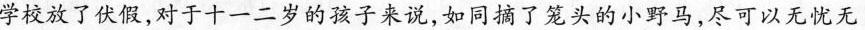
学校放了伏假，对于十一二岁的孩子来说，如同摘了笼头的小野马，尽可以无忧无